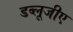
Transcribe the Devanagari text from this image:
डब्लूजीए